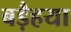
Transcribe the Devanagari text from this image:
बड़ैहया